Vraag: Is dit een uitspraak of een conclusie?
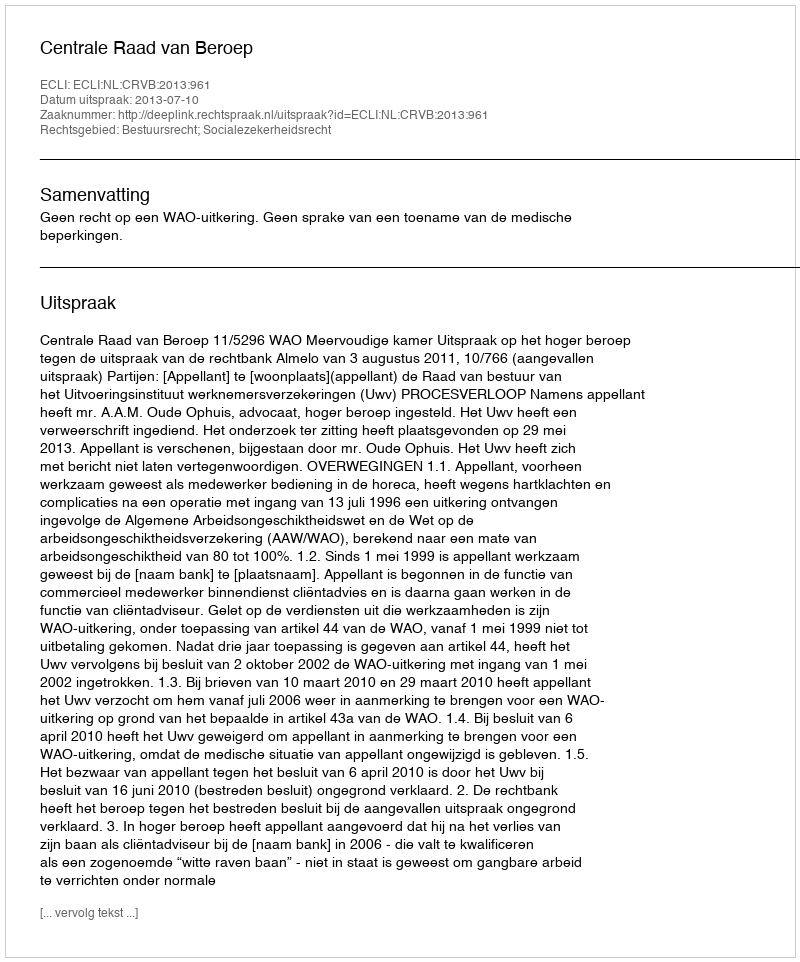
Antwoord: Uitspraak